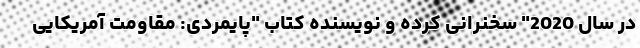
در سال 2020" سخنرانی کرده و نویسنده کتاب "پایمردی: مقاومت آمریکایی